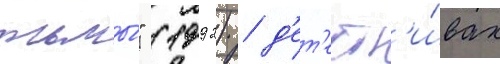
тьмы́" (1992) / д'ет'ект'и́вах